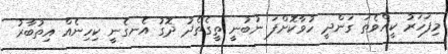
މިފަހަރު ކީއްވެތަ ގަންދީ ހުވާކޮށްފަ ނުބުނީ ތީގެތެދު ދޮގު އެނގެނީ ކިހިނެއް އިތުބާރު